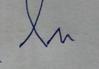
Signature authenticity: forged